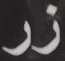
زر